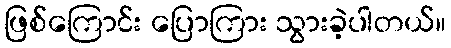
ဖြစ်ကြောင်း ပြောကြား သွားခဲ့ပါတယ်။